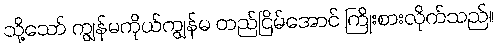
သို့သော် ကျွန်မကိုယ်ကျွန်မ တည်ငြိမ်အောင် ကြိုးစားလိုက်သည်။